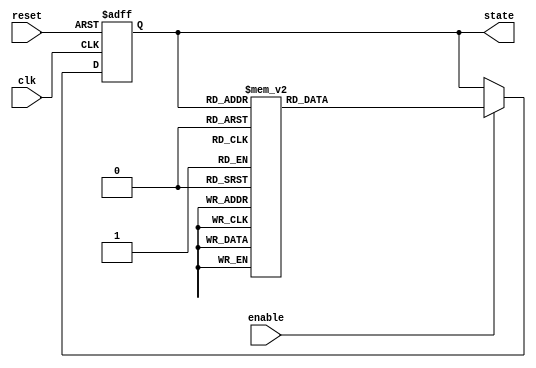
module johnson_counter_with_enable(
    input clk,
    input reset,
    input enable,
    output reg [3:0] state
);

reg [3:0] next_state;

always @(posedge clk or posedge reset) begin
    if (reset) begin
        state <= 4'b0000;
    end else if (enable) begin
        state <= next_state;
    end
end

always @(state) begin
    case(state)
        4'b0000: next_state = 4'b0001;
        4'b0001: next_state = 4'b0011;
        4'b0011: next_state = 4'b0010;
        4'b0010: next_state = 4'b0110;
        4'b0110: next_state = 4'b0100;
        4'b0100: next_state = 4'b1100;
        4'b1100: next_state = 4'b1000;
        4'b1000: next_state = 4'b1001;
        4'b1001: next_state = 4'b0000;
        default: next_state = 4'b0000;
    endcase
end

endmodule